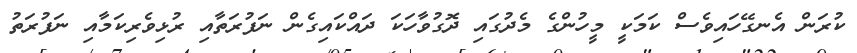
ކުރަން އެނގޭހައިވެސް ކަމަކީ މީހުންގެ މެދުގައި ދޮގުވާހަކަ ދައްކައިގެން ނަފުރަތާއި ރުޅިވެރިކަމާއި ނަފުރަތު